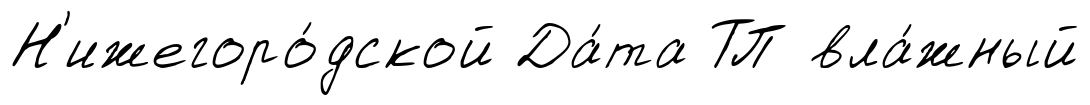
Н'ижегоро́дской Да́та ТП вла́жный